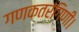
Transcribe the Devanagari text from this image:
गणकतरंगिणी।